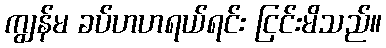
ကျွန်မ ခပ်ဟဟရယ်ရင်း ငြင်းမိသည်။